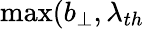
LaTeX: \operatorname*{max}(b_{\perp},\lambda_{th}